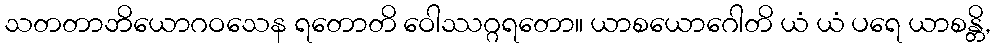
သတတာဘိယောဂဝသေန ရတောတိ ဝေါဿဂ္ဂရတော။ ယာစယောဂေါတိ ယံ ယံ ပရေ ယာစန္တိ,